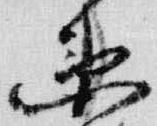
衛